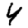
Digit: 4